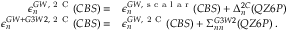
\begin{array} { r l } { \epsilon _ { n } ^ { G W , \mathrm { ~ 2 ~ C ~ } } ( C B S ) = } & { { } \epsilon _ { n } ^ { G W , \mathrm { ~ s ~ c ~ a ~ l ~ a ~ r ~ } } ( C B S ) + \Delta _ { n } ^ { 2 C } ( Q Z 6 P ) } \\ { \epsilon _ { n } ^ { G W + G 3 W 2 , \mathrm { ~ 2 ~ C ~ } } ( C B S ) = } & { { } \epsilon _ { n } ^ { G W , \mathrm { ~ 2 ~ C ~ } } ( C B S ) + \Sigma _ { n n } ^ { G 3 W 2 } ( Q Z 6 P ) \; . } \end{array}